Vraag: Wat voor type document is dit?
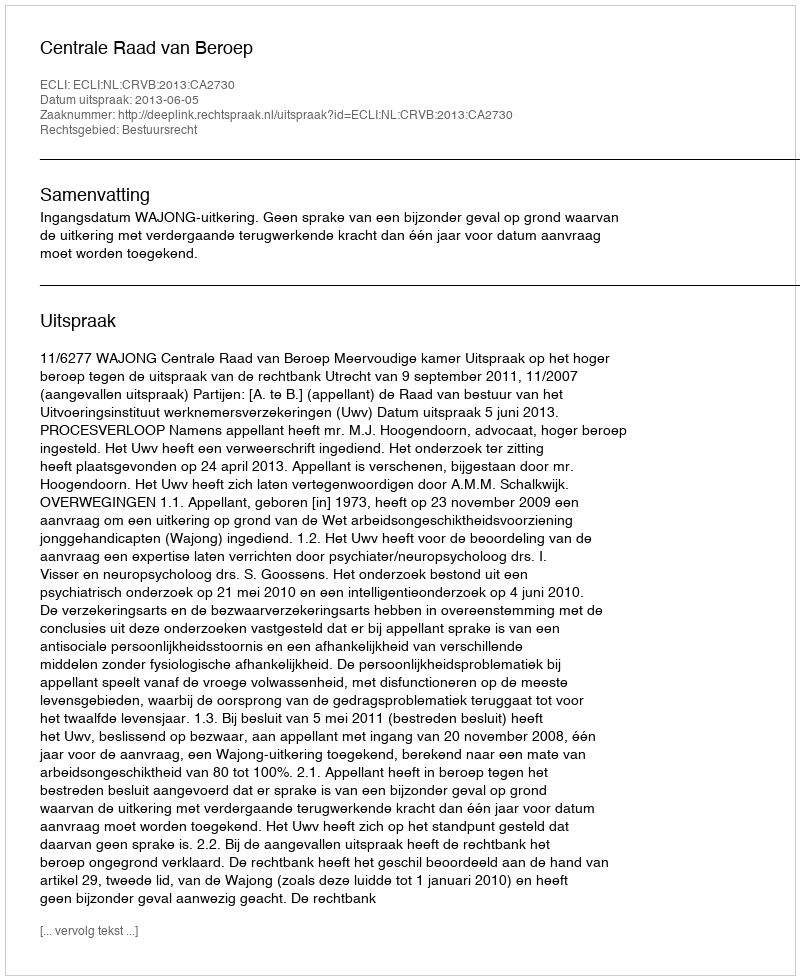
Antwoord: Uitspraak